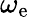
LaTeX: \omega_{\mathrm{e}}